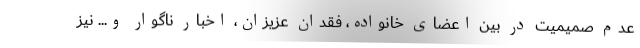
عدم صمیمیت در بین اعضای خانواده، فقدان عزیزان، اخبار ناگوار و... نیز